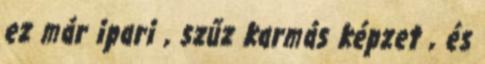
ez már ipari , szűz karmás képzet , és